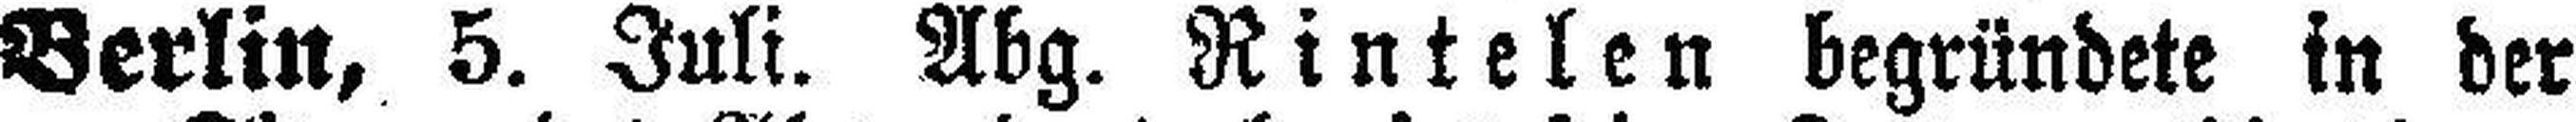
Berlin, 5. Juli. Abg. Rintelen begründete in der